Vital statistics of India. Vol. V, Reports of 1876 on armies & jails and on epidemic cholera
Year: 1876
Disease focus: Cholera
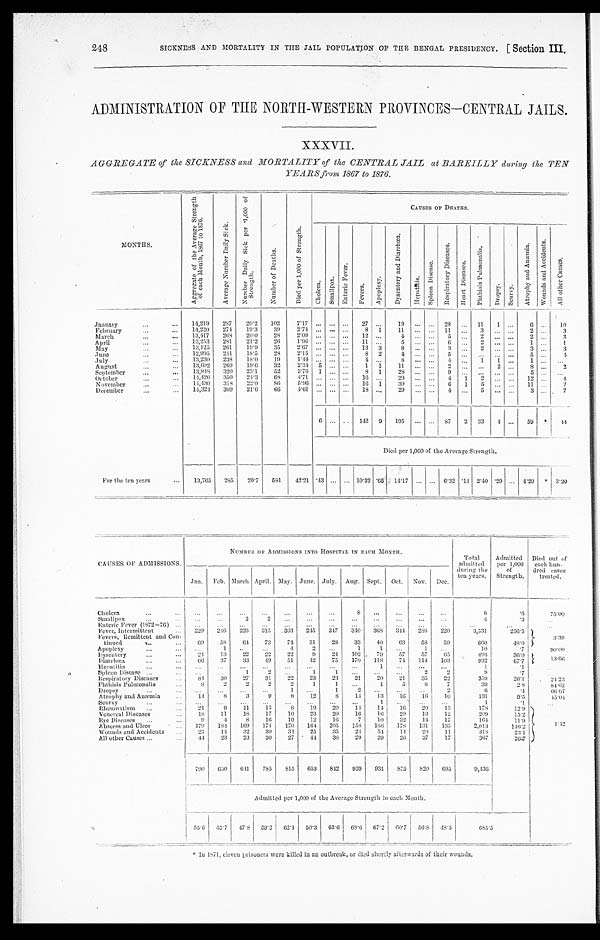
248
SICKNESS AND MORTALITY IN THE JAIL POPULATION OF THE BENGAL PRESIDENCY. [ Section III.
ADMINISTRATION OF THE NORTH-WESTERN PROVINCES—CENTRAL JAILS.
XXXVII.
AGGREGATE of the SICKNESS and MORTALITY of the CENTRAL JAIL at BAREILLY during the TEN
YEARS from 1867 to 1876.
M O N T H S .
A g g r e g a t e o f t h e A v e r a g e S t r e n g t h o f e a c h M o n t h , 1 8 6 7 t o 1 8 7 6 .
A v e r a g e N u m b e r D a i l y S i c k .
N u m b e r D a i l y S i c k p e r 1 , 0 0 0 o f S t r e n g t h .
N u m b e r o f D e a t h s .
D i e d p e r 1 , 0 0 0 o f S t r e n g t h .
C A U S E S O F D E A T H S .
C h o l e r a .
S m a l l p o x .
E n t e r i c F e v e r .
F e v e r s .
A p o p l e x y .
D y s e n t e r y a n d D i a r r h œ a .
H e p a t i t i s .
S p l e e n D i s e a s e s .
R e s p i r a t o r y D i s e a s e s .
H e a r t D i s e a s e s .
P h t h i s i s P u l m o n a l i s .
D r o p s y . S c u r v y .
A t r o p h y a n d A n æ m i a .
W o u n d s a n d A c c i d e n t s .
A l l o t h e r C a u s e s .
January
14,219 287
20.2 102
7.17 ...
. . . . . . 27
. . .
19 ... ... 28
...
11 1
6 ... 10
February
14,220 274
19.3
39 2.74 ...
. . . . . . 8
1 11
. . . . . . 11 ...
3
. . . . . .
2
...
3
March
13,417 268 20.0 28
2.09 ... ... ... 12 . . . 4
. . . . . . 5 ...
2
. . . . . . 2...
3
April
13,253 281
21.2
26
1.96 ... ... ... 11 ...
5
. . . . . . 6 ...
2
. . . . . . 1 ...
1
May
13,125 261
19.9
35
2.67 ... ... ... 13 3
8 ... ... 3 ... 2
. . . . . . 3 ...
3
June
12,995 241
18.5
28 2
. 1 5 ...
. . . . . . 8 2
4
. . . . . . 5 ...
. . .
. . . . . .
5...
4
July
13,230 238 18.0
19 1.44 ...
. . . . . . 4
. . .
8 . . . . . . 4 ...
1
1 . . . 1 ...
. . .
August
13,692 269 19.6 32
2.34 5 ...
. . . 1 1
11 ...
. . . 2 ...
. . . 2
. . . 8...
2
September
13,848 320 23.1
52
3.76 1 ... ...
8 1 28
. . .
. . . 9 ...
. . .
. . . . . .
5
...
. . .
October
14,426 350 24.3
68
4.71 ... ... ... 16 ...
29 ... ... 4 1
2
. . . . . . 12...
4
November
14,430 318 22.0
86
5.96 ... ... ... 16 1
3 9 . . . . . . 6 1
5
. . . ... 11 ...
7
December
14,324 309 21.6 66
4.61 ...
. . . . . .
1 8 . . . 29
. . . . . .
4 ...
5
. . . . . . 3 ...
7
6
. . . . . 142 9 195 ... ... 87 2 33 4 ... 59 *
44
Died per 1,000 of the Average Strength.
For the ten years
13,765 285 20.7 581
42.21 .43 ... ... 10.32 .65 14.17 ... ...
6
.
32 .14 2.40 .29 ... 4.29 * 3.20
CAUSES OF ADMISSIONS.
NUMBER OF ADMISSIONS INTO HOSPITAL IN MONTH,
Total
admitted
during the
ten years.
Admitted
per 1,000
of
Strength.
Died out of
each hun -
dred cases
treated.
Jan. Feb. March April. May. June. July. Aug. Sept. Oct. Nov. Dec.
Cholera
...
...
. . .
. . .
...
...
. . .
8 ...
. . .
...
...
8
. 6
75.00
Smallpox
. . .
. . .
2
2 ...
...
. . . ...
. . .
. . .
...
...
4
.3
. . .
Enteric Fever (1872-76)
...
...
. . .
. . . . . .
. . .
...
. . .
. . .
. . .
. . .
. . .
. . .
. . .
. . .
Fever, Intermittent
229 246 226 315 363 245 347 340 368 344 288 220
3,531
256.5 3.39
Fevers, Remittent and Con-
tinned
69
58
6 4 73
74
31
28 33
40 63
58 59
660
48.0
Apoplexy
...
1
. .
...
4
2
. . . 1
1
. . . 1
. . .
10
.7
90.00
Dysentery
24
13
22
22
22
9
24 102
79
57
57
65
496
36.0 1 3 . 6 6
D i a r r h œ a
66
37
33 49
51
42
75 170 118
74 114 103
932
67.7
Hepatitis
. . .
. . . ...
...
...
...
...
...
1
. . . ...
...
1
.1 . . .
Spleen Disease
. . .
. . .
1
2
. . .
1
1
. . . ...
. . .
2
2
9
.7 . . .
Respiratory Diseases
8 4 30
27
31
22
23
23
21
20
21 35
22
359
26.1
24.23
P h t h i s i s P u l m o n a l i s
8
2
2
2
2
1
1
. . . 1
5
8
7
39
2.8
84.62
Dropsy
...
. . . ...
. . .
1
. . .
1
2
. . . ...
. . .
2
6
.4
66.67
Atrophy and Anæmia
14
8
3
9
8
1 2
8
14
13
16
16
10
131
9.5
45.04
Scurvy
...
. . . ...
...
. . . ...
...
. . .
1
. . .
. . . ...
1
. 1
. . .
R h e u m a t i s m
21
9
11
13
8
19
20
14 14
16
20
13
178
12.9
1. 42
Venereal Diseases
1 8 11
18
17
10
23
20
16
1 6 29
19
12
209
15.2
Eye Diseases
9
4
8
16
19
12
16
7
10
32
14 17
164
11.9
Abscess and Ulcer
179 184 169 174 170 164 205 158 166 178 131 135
2,013
146.2
Wounds and Accidents
25
14
32
30
34
25
35
24
54 14 20
11
318
23.1
All other Causes
44 23
23
30
27
44 38 29 29
26
37
17
367
26.7
790 650 641 785 815 653 842 939 931 875 820 695
9,436
Admitted per 1,000 of the Average Strength in each Month.
55.6 45.7 47.8 59.2 62.1 50.3 63.6 68.6 67.2 60.7 56.8 48.5
685.5
* I n 1 8 7 1 , e l e v e n p r i s o n e r s w e r e k i l l e d i n a n o u t b r e a k , o r d i e d s h o r t l y a f t e r w a r d s o f t h e i r w o u n d s ,